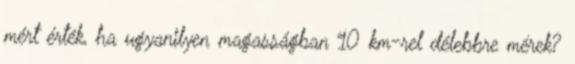
mért érték, ha ugyanilyen magasságban 10 km-rel délebbre mérek?